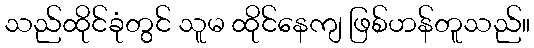
သည်ထိုင်ခုံတွင် သူမ ထိုင်နေကျ ဖြစ်ဟန်တူသည်။